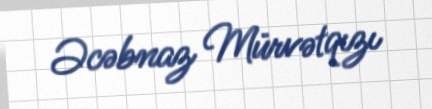
Əcəbnaz Mürvətqızı